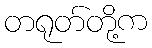
တရုတ်တို့က